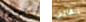
سيقولون إبقائي